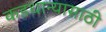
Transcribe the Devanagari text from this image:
कडधान्यासाठी